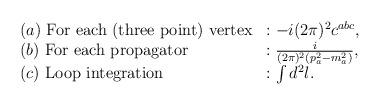
LaTeX: \begin{align*}\begin{array}{ll}(a)~ \mbox{For each (three point) vertex} &: -i(2\pi)^2 c^{abc}, \\(b)~ \mbox{For each propagator} &: \frac{i}{(2\pi)^2(p_a^2-m_a^2)}, \\(c)~ \mbox{Loop integration} &: \int d^2 l .\end{array}\end{align*}